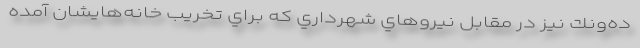
ده‌ونك نيز در مقابل نيروهاي شهرداري كه براي تخريب خانه‌هايشان آمده